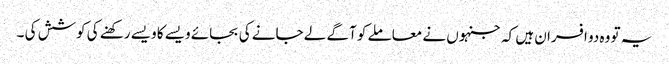
یہ تو وہ دو افسران ہیں کہ جنہوں نے معاملے کو آگے لے جانے کی بجائے ویسے کا ویسے رکھنے کی کوشش کی ۔